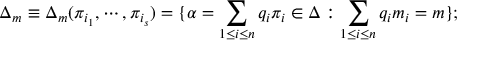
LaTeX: \Delta _ { m } \equiv \Delta _ { m } ( \pi _ { i _ { 1 } } , \cdots , \pi _ { i _ { s } } ) = \{ \alpha = \sum _ { 1 \leq i \leq n } q _ { i } \pi _ { i } \in \Delta : \sum _ { 1 \leq i \leq n } q _ { i } m _ { i } = m \} ;